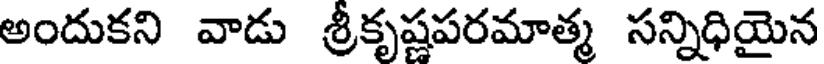
అందుకని వాడు శ్రీకృష్ణపరమాత్మ సన్నిధియైన